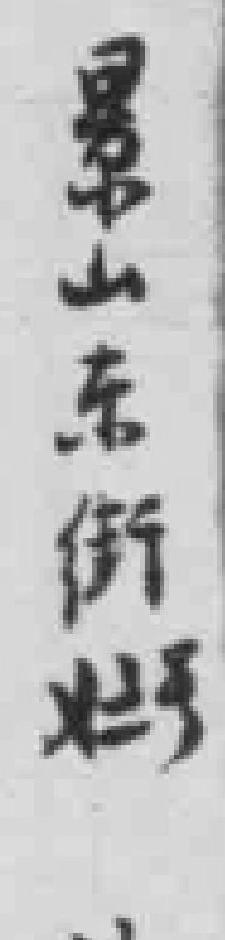
景山东街*号